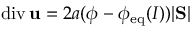
\mathrm { d i v } \, { \bf u } = 2 a ( \phi - \phi _ { \mathrm { e q } } ( I ) ) | \mathrm { \bf S } |